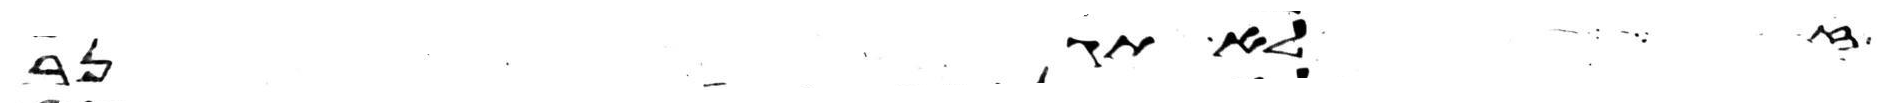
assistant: לא תגנב